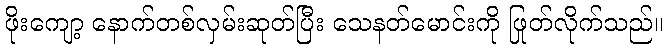
ဖိုးကျော့ နောက်တစ်လှမ်းဆုတ်ပြီး သေနတ်မောင်းကို ဖြုတ်လိုက်သည်။